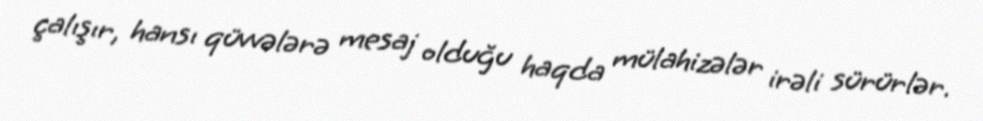
çalışır, hansı qüvvələrə mesaj olduğu haqda mülahizələr irəli sürürlər.